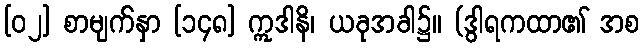
[၀၂] စာမျက်နှာ [၁၄၈] ဣဒါနိ၊ ယခုအခါ၌။ (ဒွါရကထာ၏ အစ